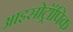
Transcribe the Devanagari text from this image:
आइसोट्रॉपिक